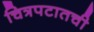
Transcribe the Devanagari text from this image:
चित्रपटातची